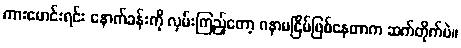
ကားမောင်းရင်း နောက်ခန်းကို လှမ်းကြည့်တော့ ဂနာမငြိမ်ဖြစ်နေတာက ဆက်တိုက်ပဲ။